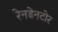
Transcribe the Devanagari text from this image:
रेनडेनटोर